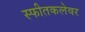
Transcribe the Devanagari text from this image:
स्फीतकलेवर